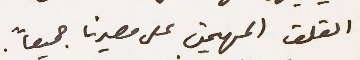
القلق المهيمن على مصيرنا جميعاً.